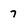
Character: 7